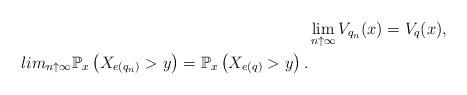
LaTeX: \begin{align*}&\lim_{n \uparrow \infty}V_{q_n}(x)=V_q(x),\ \\lim_{n \uparrow \infty}\mathbb P_x\left(X_{e(q_n)} > y\right)=\mathbb P_x\left(X_{e(q)} > y\right).\end{align*}